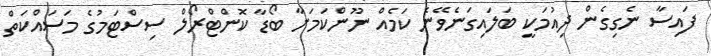
ފައިސާ ނެގިގެން ދިއުމަކީ ބަލައިގަނެވޭނެ ކަމެއް ނޫންކަމަށާ ބޯޑާ ކޮންޓްރޯލް ސިސްޓަމުގެ މަސައްކަތް